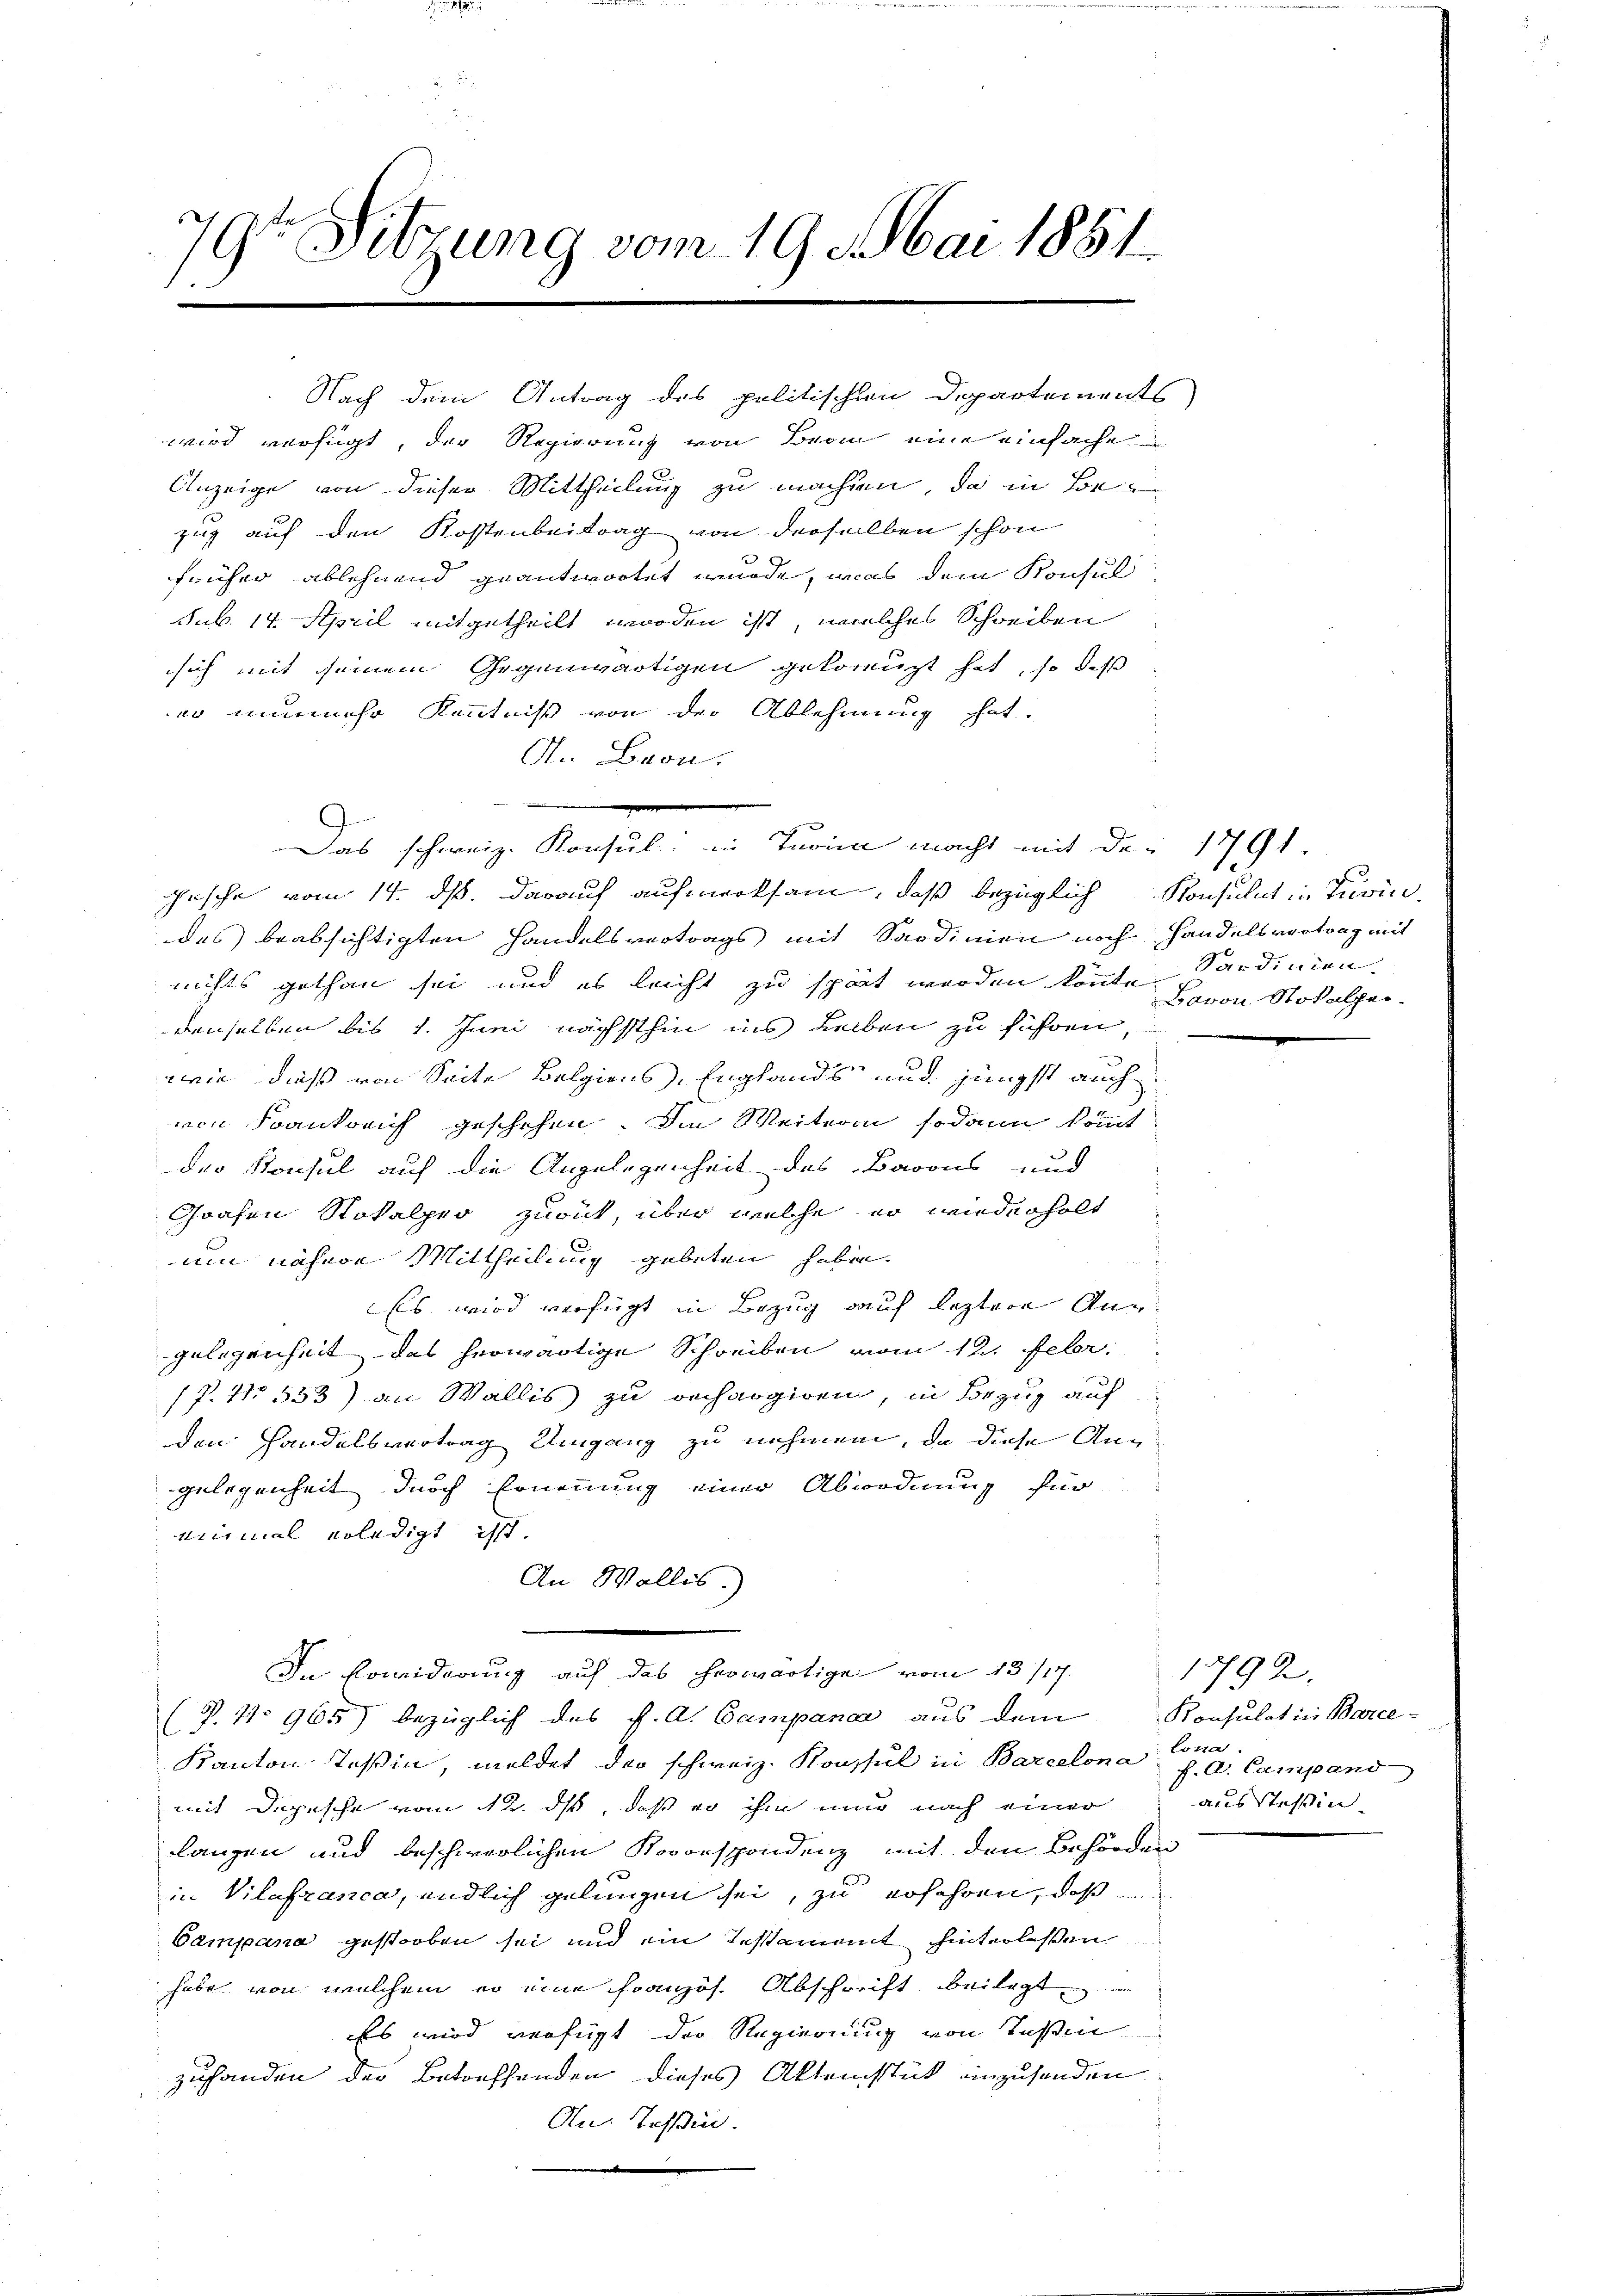
79te Sitzung vom 19. Mai 1851.
d

wird verfügt, der Regierung von Berin eine einfache
Anzeige von dieser Mittheilung zu machten, da in Be
zug auf den Kostenbeitrag von derselben schon
früher ablehnend geantwortet wurde, was dem Konsul
sub. 14. April mitgetheilt worden ist, welches Schreiben
sich mit seinem Gegenwärtigen geborgt hat, so daß
wo nunmehr Kenntniß von der Ablehnung hat.
A. Bron.
s
Gesche vom 14. ds. darauf aufmerksam, daß bezüglich Konsulat in Turin.
des beabsichtigten Handelsvertrags mit Sardinien noch Handelsvortrag mit
nichts gethan sei, und es leicht zu spät werden könnte
denselben bis 1. Juni nächsthin ins Leiben zu führen,
wwie dieß von Seite Bolgiens, Englands und jüngst auch
von Frankreich geschehen. Im Weiterin sodann kommt
der Konsul auf die Angelegenheit des Barons und
Grafen Stokalpro zurück, über welche er wiederholt
um nähere Mittheilung gebeten haben.
Es wird verfügt in Bezug auf leztere Ang
gelegenheit, das herwärtige Schreiben vom 12. Febr.
(P. No 553) an Wallis zu dechargiren, in Bezug auf
den Handelsvertrag Umgang zu nehmen, da diese Ang
gelegenheit durch Ernennung einer Abordnung für
einmal erledigt ist.
An Wallis.)
In Erwiderung auf das herwärtige vom 13/17.
(P. 4. 965) bezüglich des P. A. Campana aus dem
Kanton Teßin, meldet das schweiz. Konsul in Barcelona f. A. Campand
mit Depesche vom 12. ds, daß er ihm nun nach einer
langen und beschwerlichen Koconspondenz mit den Behörden
in Vilafranca, endlich gelungen sei, zu erfahren, daß
Campana gestorben sei und ein Testammt hinterlassen
habe von welchem er eine Französ. Abschrift beilegt
Es wird verfügt der Regierung von Teßin
zuhanden der Betreffenden dieses Aktensstück einzusenden.
An. Teßin.

Nach dem Antrag des politischen Departements

Das schweiz. Konsul in Turin macht mit der 1791

Sardinien.
Bavon Stokalper-

1792.
Konsulat in Barce-
Lona.
ausstessin.